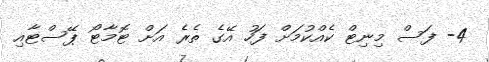
4- ފަސް މިނިޓް ކެއްކުމަށް ފަހު އޭގެ ތެރެ އަށް ޓޮމާޓޯ ޕޭސްޓާއި